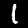
Digit: 1